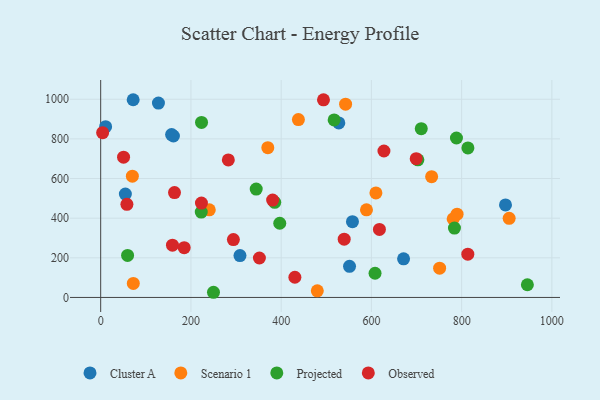
{"axis": {"x": "Study Hours", "y": "Rating"}, "legend": ["Cluster A", "Observed", "Projected", "Scenario 1"], "data": [{"x": "671.3", "y": 194.7, "type": "Cluster A"}, {"x": "72.0", "y": 997.6, "type": "Cluster A"}, {"x": "527.8", "y": 880.4, "type": "Cluster A"}, {"x": "558.0", "y": 382.1, "type": "Cluster A"}, {"x": "128.0", "y": 980.7, "type": "Cluster A"}, {"x": "897.2", "y": 466.6, "type": "Cluster A"}, {"x": "161.2", "y": 814.6, "type": "Cluster A"}, {"x": "308.7", "y": 211.5, "type": "Cluster A"}, {"x": "54.7", "y": 521.4, "type": "Cluster A"}, {"x": "10.9", "y": 861.4, "type": "Cluster A"}, {"x": "551.5", "y": 156.9, "type": "Cluster A"}, {"x": "157.2", "y": 821.6, "type": "Cluster A"}, {"x": "480.1", "y": 33.2, "type": "Scenario 1"}, {"x": "70.2", "y": 611.9, "type": "Scenario 1"}, {"x": "751.2", "y": 147.8, "type": "Scenario 1"}, {"x": "781.2", "y": 396.1, "type": "Scenario 1"}, {"x": "370.4", "y": 755.9, "type": "Scenario 1"}, {"x": "610.0", "y": 527.3, "type": "Scenario 1"}, {"x": "240.7", "y": 442.2, "type": "Scenario 1"}, {"x": "905.3", "y": 399.3, "type": "Scenario 1"}, {"x": "438.2", "y": 897.2, "type": "Scenario 1"}, {"x": "789.9", "y": 420.0, "type": "Scenario 1"}, {"x": "733.5", "y": 609.3, "type": "Scenario 1"}, {"x": "542.8", "y": 975.1, "type": "Scenario 1"}, {"x": "589.1", "y": 441.9, "type": "Scenario 1"}, {"x": "72.3", "y": 70.7, "type": "Scenario 1"}, {"x": "223.5", "y": 883.2, "type": "Projected"}, {"x": "813.9", "y": 754.6, "type": "Projected"}, {"x": "710.5", "y": 851.4, "type": "Projected"}, {"x": "788.5", "y": 804.6, "type": "Projected"}, {"x": "703.0", "y": 694.6, "type": "Projected"}, {"x": "517.4", "y": 895.6, "type": "Projected"}, {"x": "385.7", "y": 479.9, "type": "Projected"}, {"x": "608.1", "y": 122.2, "type": "Projected"}, {"x": "344.7", "y": 546.8, "type": "Projected"}, {"x": "250.0", "y": 26.1, "type": "Projected"}, {"x": "59.6", "y": 212.2, "type": "Projected"}, {"x": "222.9", "y": 430.9, "type": "Projected"}, {"x": "396.9", "y": 374.4, "type": "Projected"}, {"x": "784.1", "y": 350.0, "type": "Projected"}, {"x": "945.7", "y": 64.0, "type": "Projected"}, {"x": "4.3", "y": 831.4, "type": "Observed"}, {"x": "699.3", "y": 700.4, "type": "Observed"}, {"x": "351.8", "y": 199.1, "type": "Observed"}, {"x": "58.1", "y": 469.8, "type": "Observed"}, {"x": "223.3", "y": 476.1, "type": "Observed"}, {"x": "381.1", "y": 491.4, "type": "Observed"}, {"x": "294.1", "y": 291.9, "type": "Observed"}, {"x": "813.7", "y": 218.3, "type": "Observed"}, {"x": "493.8", "y": 997.1, "type": "Observed"}, {"x": "50.7", "y": 707.6, "type": "Observed"}, {"x": "617.8", "y": 343.4, "type": "Observed"}, {"x": "430.4", "y": 101.9, "type": "Observed"}, {"x": "163.6", "y": 529.0, "type": "Observed"}, {"x": "539.7", "y": 294.1, "type": "Observed"}, {"x": "627.8", "y": 739.0, "type": "Observed"}, {"x": "159.1", "y": 263.7, "type": "Observed"}, {"x": "185.1", "y": 251.2, "type": "Observed"}, {"x": "282.9", "y": 693.9, "type": "Observed"}]}